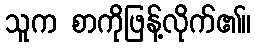
သူက စာကိုဖြန့်လိုက်၏။